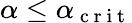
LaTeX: \alpha\leq\alpha_{\mathrm{~c~r~i~t~}}